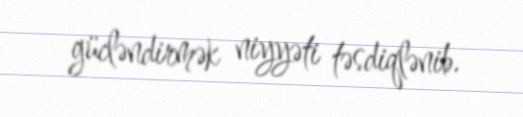
gücləndirmək niyyəti təsdiqlənib.